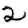
Digit: 2